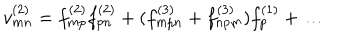
v _ { m n } ^ { ( 2 ) } = f _ { m p } ^ { ( 2 ) } f _ { p n } ^ { ( 2 ) } + ( f _ { m p n } ^ { ( 3 ) } + f _ { n p m } ^ { ( 3 ) } ) f _ { p } ^ { ( 1 ) } + \ldots